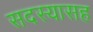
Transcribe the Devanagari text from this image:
सदस्यासह